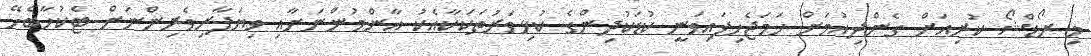
މި ރޯޑްޝޯ ކުރިއަށް ގެންދިއުމަށް ހަމަޖެހިފައިވަނީ ކުޑަކުދިންގެ ކުޅިވަރުތަކަކާއެކު އާންމުންނަށާއި ވިޔަފާރިވެރިންނަށް ޓެކުހާބެހޭ